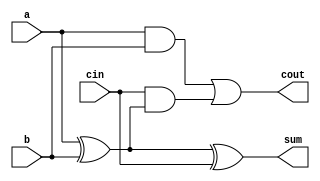
// 1_bit full adder
module full_adder( output sum, cout,
              input a, b, cin
             ); 			 				 
assign sum = a ^ b ^ cin;
assign cout = 	(a & b) | (cin & (a ^ b));
endmodule